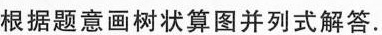
根据题意画树状算图并列式解答。